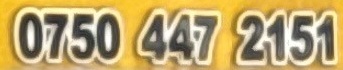
0750 447 2151